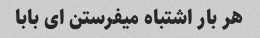
هر بار اشتباه میفرستن ای بابا